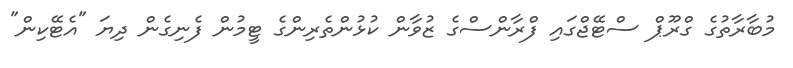
މުބާރާތުގެ ގްރޫޕް ސްޓޭޖްގައި ފްރާންސްގެ ޒުވާން ކުޅުންތެރިންގެ ޓީމުން ފެނިގެން ދިޔަ "އެޓޭކިން"